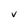
Character: v